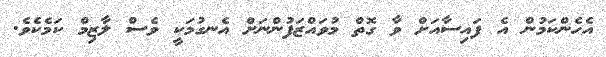
އެހެންކަމުން އެ ފައިސާއަށް ވާ ގޮތް މުވައްޒަފުންނަށް އެނގުމަކީ ވެސް ލާޒިމް ކަމެކެވެ.